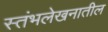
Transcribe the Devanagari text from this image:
स्तंभलेखनातील